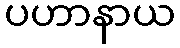
ပဟာနာယ